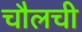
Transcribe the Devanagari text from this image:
चौलची